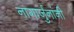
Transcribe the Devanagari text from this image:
नागार्जुनांनी